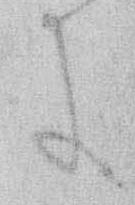
に